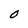
Character: O